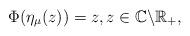
LaTeX: \begin{align*}\Phi(\eta_{\mu}(z))=z,z\in\mathbb{C}\backslash\mathbb{R_{+}},\end{align*}